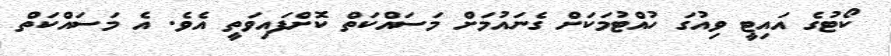
ކޯޓުގެ އައިޓީ ވިއުގަ ހުއްޓުމަކަށް ގެނައުމަށް މަސައްކަތް ކޮށްފައިވަތީ އެވެ. އެ މަސައްކަތް